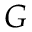
G